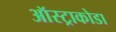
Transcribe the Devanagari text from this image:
ऑस्ट्राकोडा